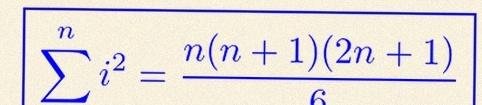
\sum_{i=1}^{n}i^2=\frac{n(n+1)(2n+1)}6